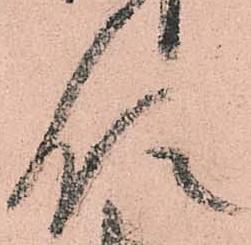
領